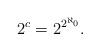
LaTeX: \begin{align*}2^c = 2^{2^{\aleph_0}}.\end{align*}